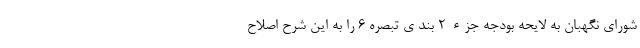
شورای نگهبان به لایحه بودجه جزء ٢ بند ی تبصره ۶ را به این شرح اصلاح